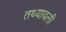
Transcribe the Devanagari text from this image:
तथ्यावली